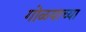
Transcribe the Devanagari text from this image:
गोळयाच्या